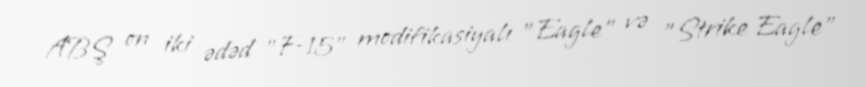
ABŞ on iki ədəd "F-15" modifikasiyalı "Eagle" və "Strike Eagle"